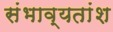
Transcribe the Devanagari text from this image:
संभाव्यतांश